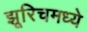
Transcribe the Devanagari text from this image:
झूरिचमध्ये